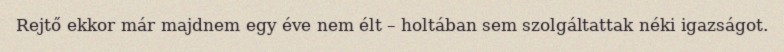
Rejtő ekkor már majdnem egy éve nem élt – holtában sem szolgáltattak néki igazságot.